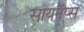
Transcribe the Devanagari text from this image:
सायनॅप्स